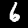
Label: 6